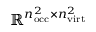
\mathbb { R } ^ { n _ { \mathrm { o c c } } ^ { 2 } \times n _ { \mathrm { v i r t } } ^ { 2 } }